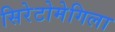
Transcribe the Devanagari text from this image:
सिरेटोमेगिला